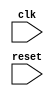
module usb_controller(
    input wire clk,
    input wire reset,
    // Add input and output signals for USB bus communication

    // Timing control logic
    // Synchronization logic
    // Protocol-specific timing constraints logic
    // Handshaking signals management logic

    );
    
    // Add code for timing control and synchronization blocks here
    
endmodule